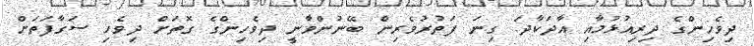
ދިވެހިންގެ ދިރިއުޅުމާއި އާދަކާދަ. ގިނަ ފަތުރުވެރިން ބޭނުންވާނީ ދިވެހިންގެ ގޮތަށް ދިވެހި ސަގާފަތަށް